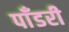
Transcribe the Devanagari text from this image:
पाँडरी